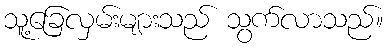
သူ့ခြေလှမ်းများသည် သွက်လာသည်။